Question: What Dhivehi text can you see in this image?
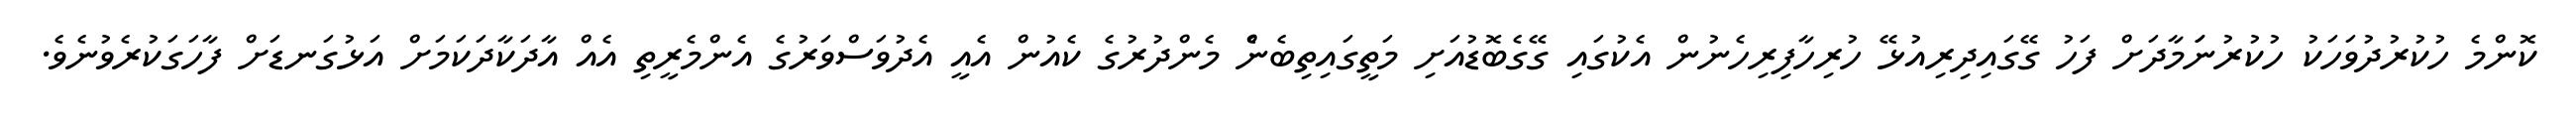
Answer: ކޮންމެ ހުކުރުދުވަހަކު ހުކުރުނަަމާދަށް ފަހު ގޭގައިދިރިއުޅޭ ހުރިހާފިރިހެނުން އެކުގައި ގޭގެބޮޑުއަށި މަތީގައިތިބެނެް މެންދުރުގެ ކެއުން އެއީ އެދުވަސްވަރުގެ އެންމެރީތި އެއް އާދަކާދަކަމަށް އަޅުގަނޑަށް ފާހަގަކުރެވުނެވެ.